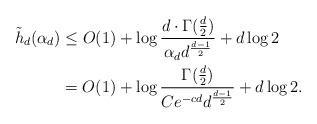
LaTeX: \begin{align*}\tilde h_d(\alpha_d) &\leq O(1) + \log\frac{d\cdot \Gamma(\frac{d}{2})}{\alpha_dd^{\frac{d-1}{2}}} + d\log 2 \\&= O(1) + \log\frac{\Gamma(\frac{d}{2})}{Ce^{-cd}d^{\frac{d-1}{2}}} + d\log 2.\end{align*}